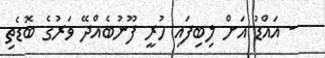
- އައްޑު އަށް ލިބިފައި ހުރީ ފޫނުބެއްދޭ ވަރުގެ ބޮޑެތި